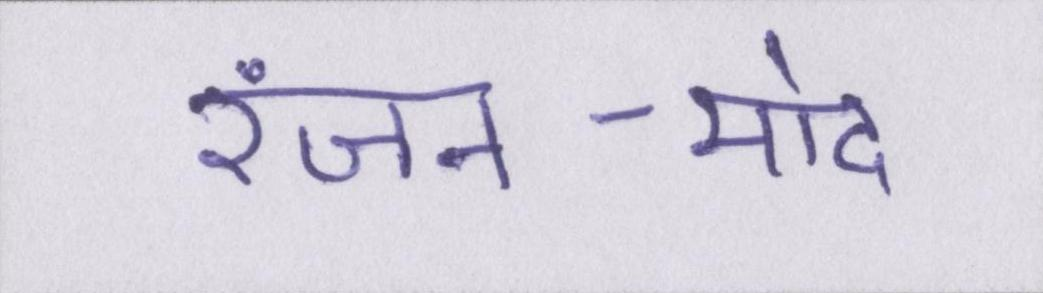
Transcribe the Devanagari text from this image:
रंजन-मोद